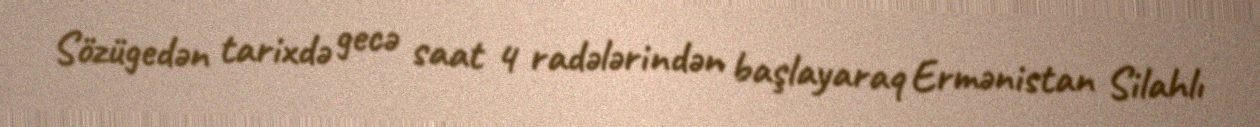
Sözügedən tarixdə gecə saat 4 radələrindən başlayaraq Ermənistan Silahlı